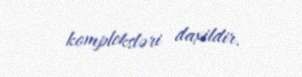
kompleksləri daxildir.